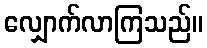
လျှောက်လာကြသည်။